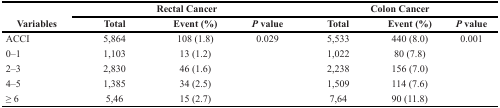
| <ROWSPAN=2> Variables | <COLSPAN=3> Rectal Cancer | <COLSPAN=3> Colon Cancer |
 | Total | Event (%) | P value | Total | Event (%) | P value |
 | --- | --- | --- | --- | --- | --- | --- |
 | ACCI | 5,864 | 108 (1.8) | 0.029 | 5,533 | 440 (8.0) | 0.001 |
 | 0–1 | 1,103 | 13 (1.2) |  | 1,022 | 80 (7.8) |  |
 | 2–3 | 2,830 | 46 (1.6) |  | 2,238 | 156 (7.0) |  |
 | 4–5 | 1,385 | 34 (2.5) |  | 1,509 | 114 (7.6) |  |
 | ≥ 6 | 5,46 | 15 (2.7) |  | 7,64 | 90 (11.8) |  |